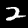
Label: 2